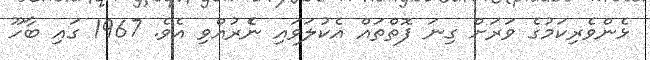
ޅެންވެރިކަމުގެ ވަރަށް ގިނަ ފޮތްތައް އެކުލަވައި ނެެރުއްވި އެވެ. 1967 ގައި ބާހޫ